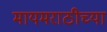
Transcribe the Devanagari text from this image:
मायमराठीच्या